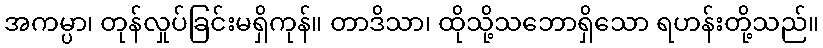
အကမ္ပာ၊ တုန်လှုပ်ခြင်းမရှိကုန်။ တာဒိသာ၊ ထိုသို့သဘောရှိသော ရဟန်းတို့သည်။